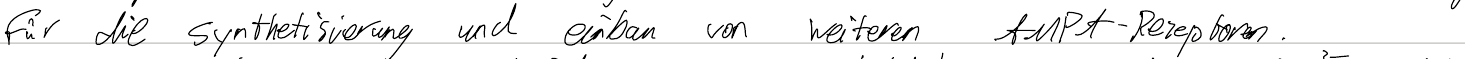
für die Synthetisierung und einbau von weiteren AMPA-Rezeptoren.